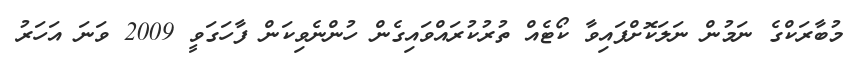
މުބާރަކްގެ ނަމުން ނަލަކޮށްފައިވާ ކޯޓެއް ތުރުކުރައްވައިގެން ހުންނެވިކަން ފާހަގަވީ 2009 ވަނަ އަހަރު